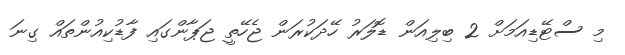
މި ސްޓޭޑިއަމަށް 2 ބިލިއަން ޑޮލަރު ހޭދަކުރަން ޖެހޭތީ ޖަޕާންގައި ފާޑުކިއުންތައް ގިނަ